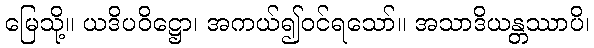
မြေသို့။ ယဒိပဝိဋ္ဌော၊ အကယ်၍ဝင်ရသော်။ အသာဒိယန္တဿာပိ၊